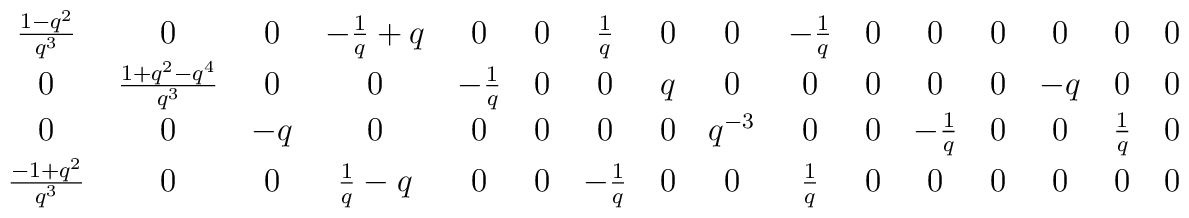
\matrix{ {{1 - {q^{2}}}\over {{q^{3}}}}& 0 & 0 & -{1\over q} + q & 0 & 0 &   {1\over q} & 0 & 0 & -{1\over q} & 0 & 0 & 0 & 0 & 0 & 0 \cr 0 &  {{1+q^{2}-q^{4}}\over{q^{3}}}& 0 & 0 & -{1\over q} & 0 & 0 & q & 0 & 0 & 0 &0    & 0 & -q & 0 & 0 \cr 0 & 0 & -q & 0 & 0 & 0 & 0 & 0 & {q^{-3}}    & 0 & 0 &   -{1\over q} & 0 & 0 & {1\over q}    & 0 \cr {{-1 + {q^{2}}}\over {{q^{3}}}} & 0 &   0 & {1\over q} - q & 0 & 0 & -{1\over q} & 0 & 0 & {1\over q} & 0 & 0 & 0& 0 & 0 & 0 \cr  }